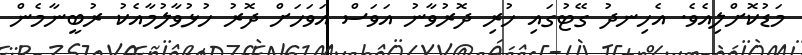
މަޑުކޮށްލިއެވެ. އެހިނދު ގޭޓުގައި ހުރި ދޮރުވާނު އަވަސް އަވަހަށް ދޮރު ހުޅުވާލުމާއެކު ރުބީނާމެން